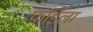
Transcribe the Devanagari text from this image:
फाईला